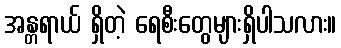
အန္တရာယ် ရှိတဲ့ ရေစီးတွေများရှိပါသလား။